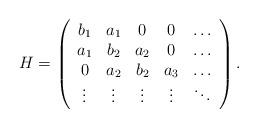
LaTeX: \begin{align*}H=\left( \begin{array}{ccccc}b_1 & a_1 &0 & 0 &\ldots \\a_1 & b_2 & a_2 & 0& \ldots \\0& a_2 & b_2 & a_3 & \ldots \\\vdots & \vdots & \vdots & \vdots&\ddots \\\end{array} \right).\end{align*}